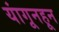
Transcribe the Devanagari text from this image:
यांगूनहून